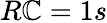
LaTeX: R\mathbb{C}=1s